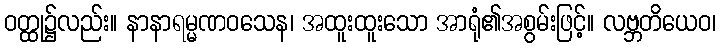
ဝတ္ထု၌လည်း။ နာနာရမ္မဏဝသေန၊ အထူးထူးသော အာရုံ၏အစွမ်းဖြင့်။ လဗ္ဘတိယေဝ၊